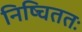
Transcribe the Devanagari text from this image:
निष्चिततः